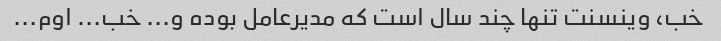
خب، وینسنت تنها چند سال است که مدیرعامل بوده و... خب... اوم...